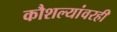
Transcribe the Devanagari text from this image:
कौशल्यांवरही